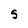
Character: s